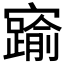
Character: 𡫞